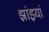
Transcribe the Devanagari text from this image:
झांइयां